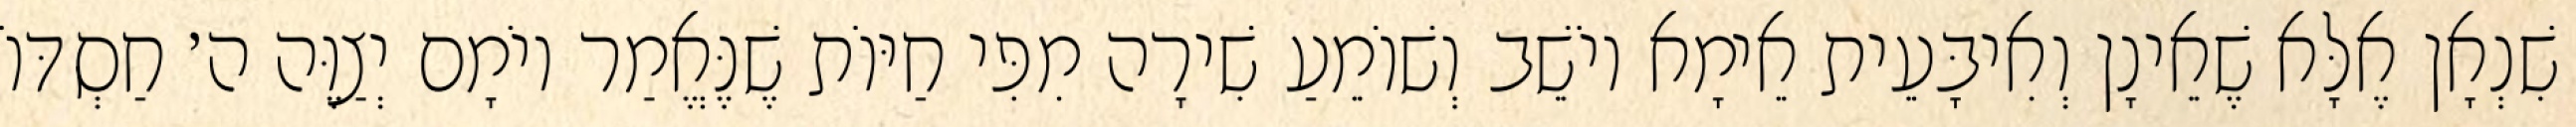
שִׁנְאָן אֶלָּא שֶׁאֵינָן וְאִיבָּעֵית אֵימָא יוֹשֵׁב וְשׁוֹמֵעַ שִׁירָה מִפִּי חַיּוֹת שֶׁנֶּאֱמַר יוֹמָם יְצַוֶּה ה׳ חַסְדּוֹ